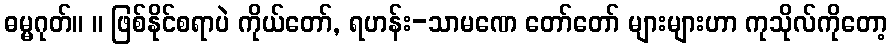
ဓမ္မဂုတ်။ ။ ဖြစ်နိုင်စရာပဲ ကိုယ်တော်, ရဟန်း-သာမဏေ တော်တော် များများဟာ ကုသိုလ်ကိုတော့